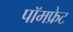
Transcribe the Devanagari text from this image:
पॉमफ्रेट